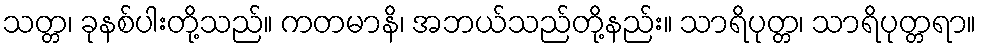
သတ္တ၊ ခုနစ်ပါးတို့သည်။ ကတမာနိ၊ အဘယ်သည်တို့နည်း။ သာရိပုတ္တ၊ သာရိပုတ္တရာ။